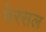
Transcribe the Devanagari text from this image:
पेरसल